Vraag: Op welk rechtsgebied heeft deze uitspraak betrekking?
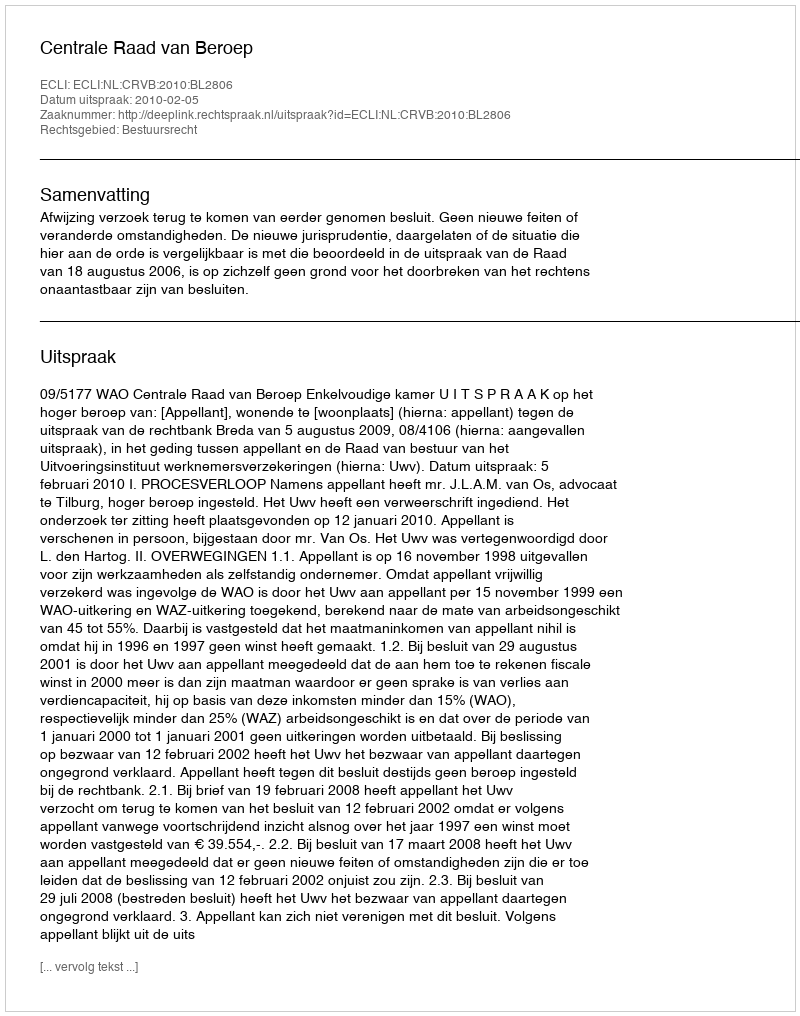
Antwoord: Bestuursrecht